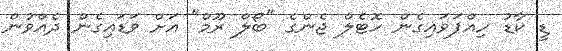
ޑީ ކާޑު ހިއްޕަވައިގެން ހޮޓެލް ޖެންގެ "ބޯލް ރޫމް" އަށް ވަޑައިގެން ދެއްވުން